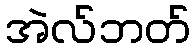
အဲလ်ဘတ်